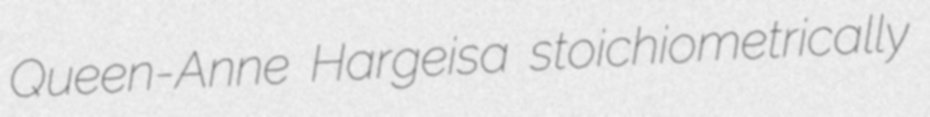
Queen-Anne Hargeisa stoichiometrically